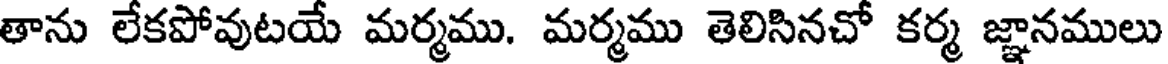
తాను లేకపోవుటయే మర్మము. మర్మము తెలిసినచో కర్మ జ్ఞానములు